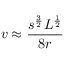
v \approx { \frac { s ^ { \frac { 3 } { 2 } } L ^ { \frac { 1 } { 2 } } } { 8 r } }